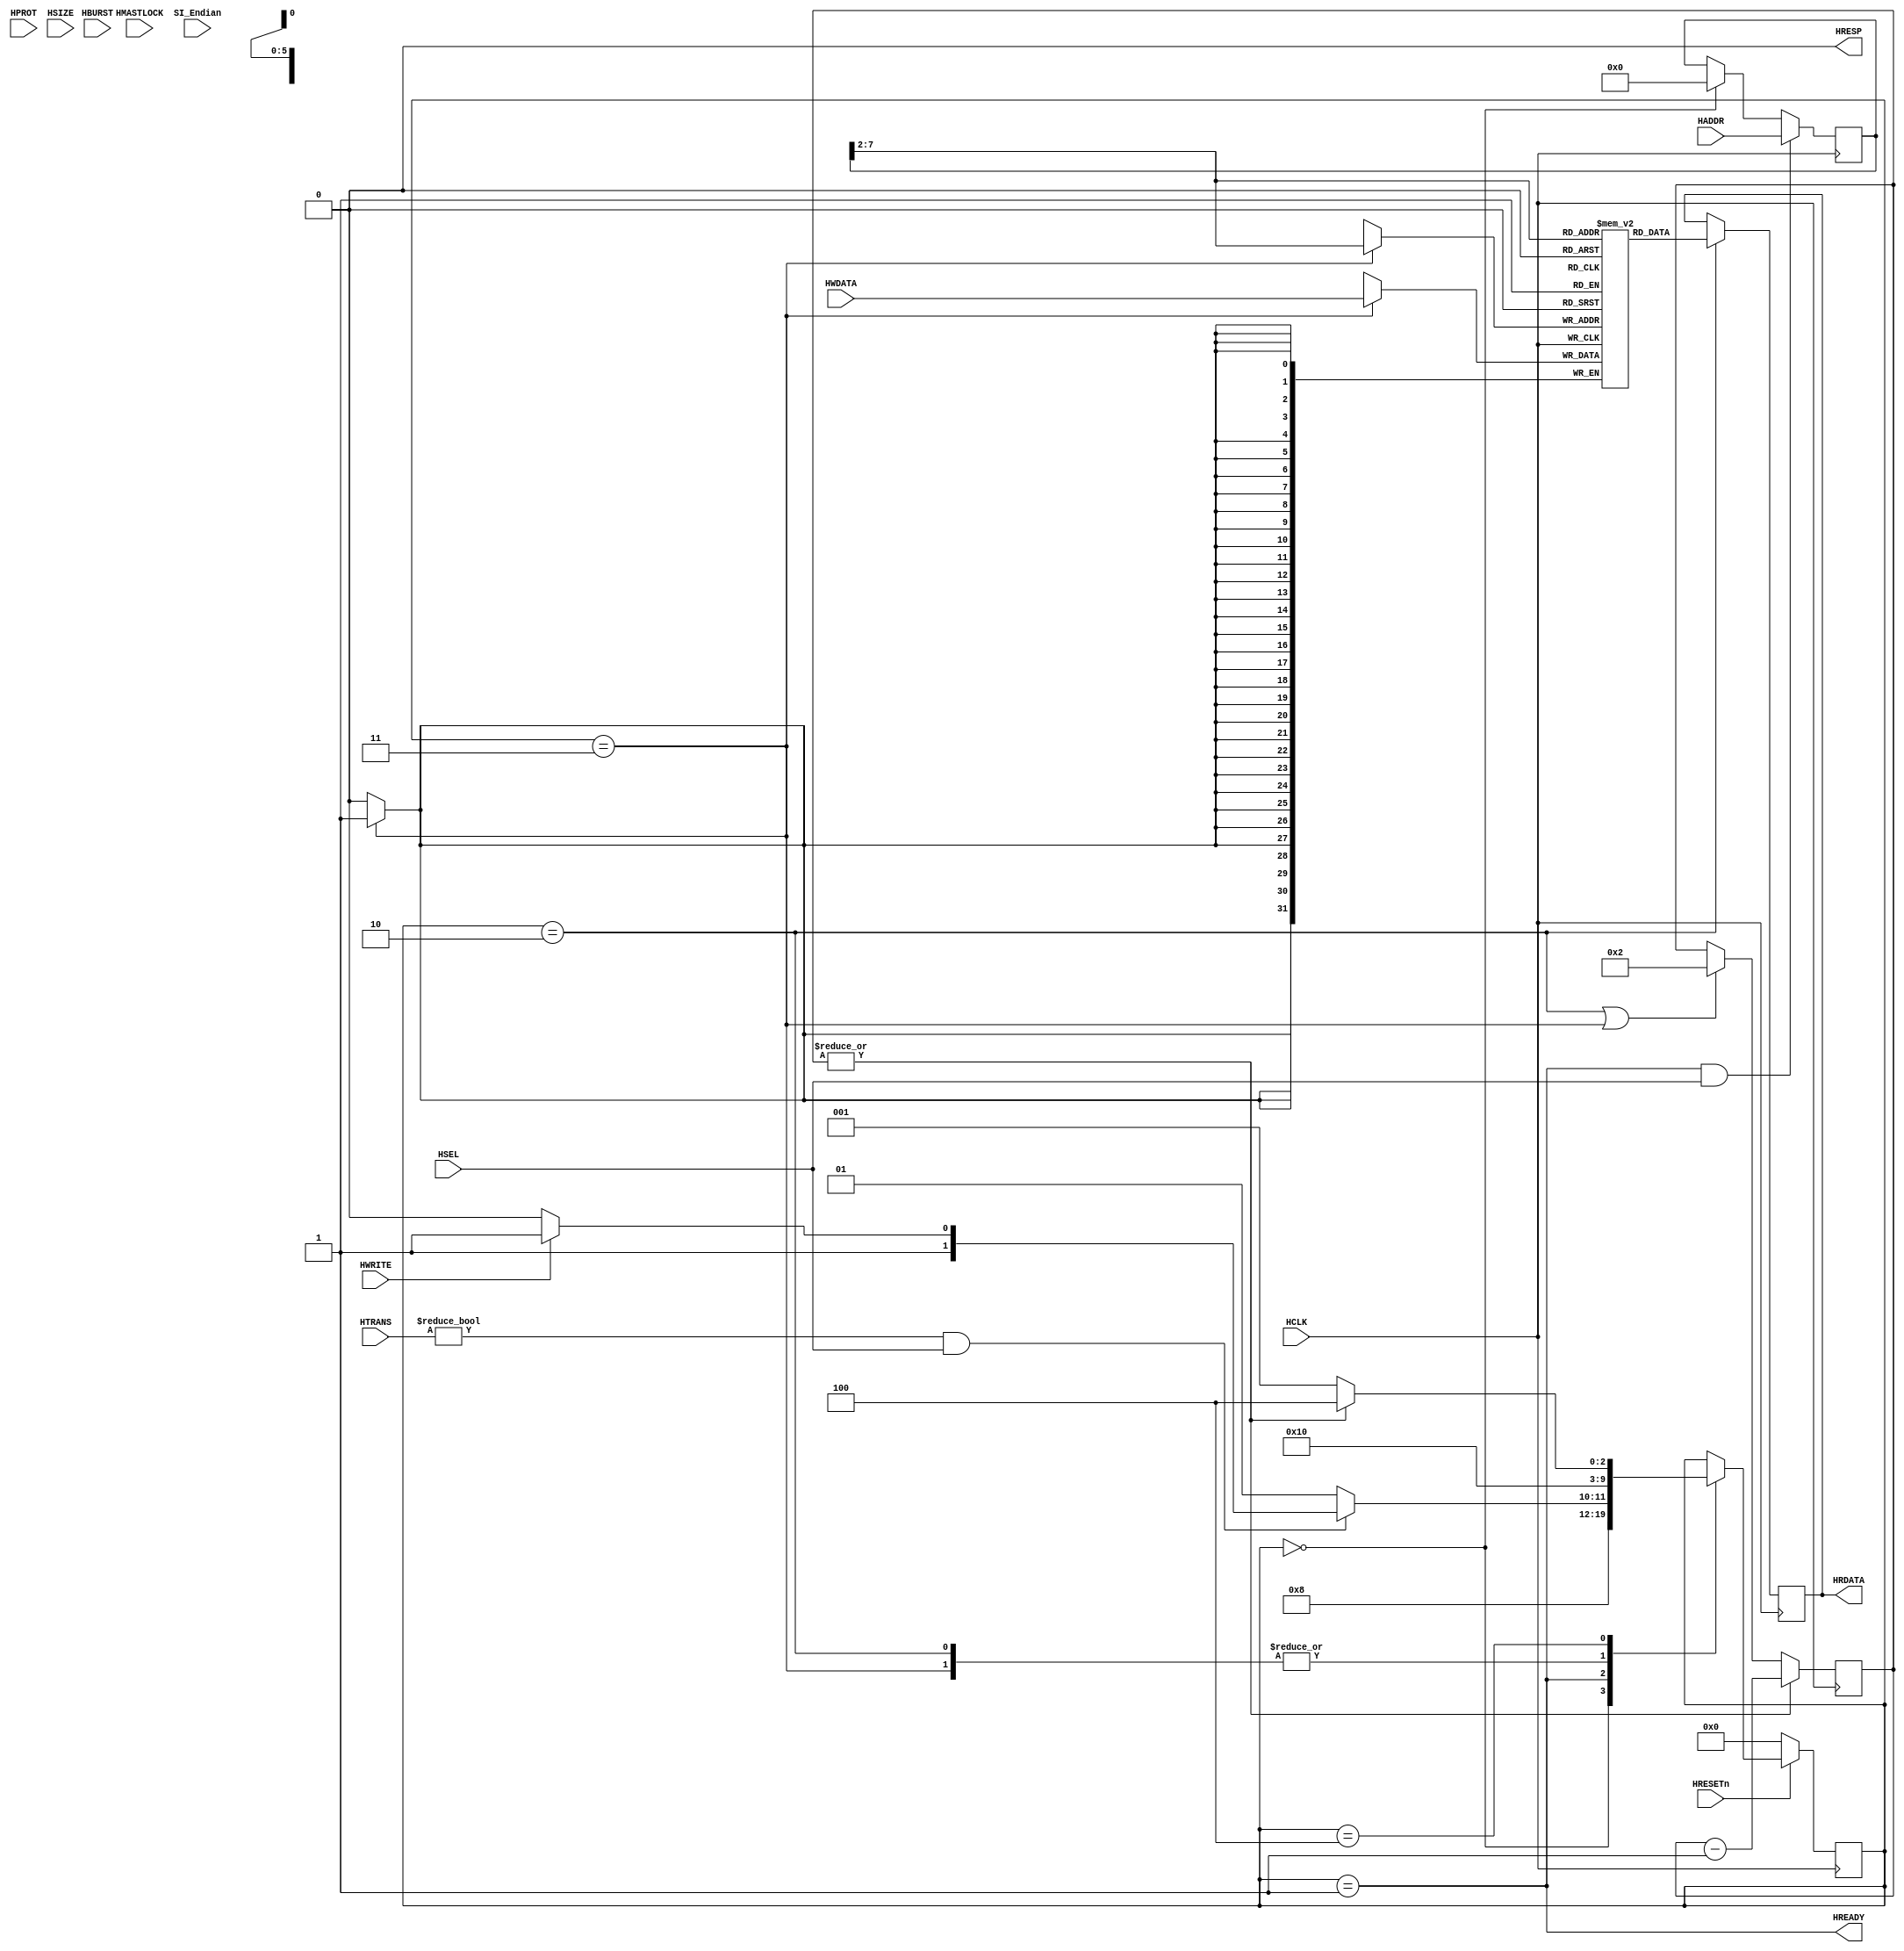
/* Simple SDRAM controller for MIPSfpga+ system AHB-Lite bus
 * Copyright(c) 2017 Stanislav Zhelnio
 */

// simply ram with HREADY support
module mfp_ahb_ram_busy
#(
    parameter ADDR_WIDTH = 6,
    parameter DELAY_VAL  = 2
)
(
    //ABB-Lite side
    input                       HCLK,    
    input                       HRESETn,
    input       [31:0]          HADDR,
    input       [ 2:0]          HBURST,
    input                       HMASTLOCK,  // ignored
    input       [ 3:0]          HPROT,      // ignored
    input                       HSEL,
    input       [ 2:0]          HSIZE,
    input       [ 1:0]          HTRANS,
    input       [31:0]          HWDATA,
    input                       HWRITE,
    output  reg [31:0]          HRDATA,
    output                      HREADY,
    output                      HRESP,
    input                       SI_Endian   // ignored
);
    assign HRESP  = 1'b0;

    parameter   S_INIT          = 0,
                S_IDLE          = 1,
                S_READ          = 2,
                S_WRITE         = 3,
                S_WAIT          = 4;

    parameter   HTRANS_IDLE     = 2'b0;

    reg     [  4 : 0 ]      State, Next;
    reg     [ 31 : 0 ]      HADDR_old;
    reg                     HWRITE_old;
    reg     [  1 : 0 ]      HTRANS_old;
    reg     [  3 : 0 ]      Delay;

    assign  HREADY = (State == S_IDLE);
    wire    NeedAction = HTRANS != HTRANS_IDLE && HSEL;
    wire    DelayFinished = ( ~| Delay );

    always @ (posedge HCLK) begin
        if (~HRESETn)
            State <= S_INIT;
        else
            State <= Next;
    end

    always @ (*) begin
        Next = State;
        case(State)
            S_INIT:         Next = S_IDLE;
            S_IDLE:         Next = ~NeedAction ? S_IDLE : (HWRITE ? S_WRITE : S_READ);
            S_READ:         Next = S_WAIT;
            S_WRITE:        Next = S_WAIT;
            S_WAIT:         Next = DelayFinished ? S_IDLE : S_WAIT;
        endcase
    end

    reg [31:0] ram [ (1 << ADDR_WIDTH) - 1 : 0 ];

    always @ (posedge HCLK) begin
        if(State == S_INIT) begin
            HADDR_old   <= 32'b0;
            HWRITE_old  <= 1'b0;
            HTRANS_old  <= HTRANS_IDLE;
        end

        if(State == S_IDLE && HSEL) begin
            HADDR_old   <= HADDR;
            HWRITE_old  <= HWRITE;
            HTRANS_old  <= HTRANS;
        end

        if(State == S_READ)
            HRDATA <= ram[HADDR_old [ ADDR_WIDTH - 1 + 2 : 2] ];
            
        if(State == S_WRITE)
            ram[HADDR_old [ ADDR_WIDTH - 1 + 2 : 2] ] <= HWDATA;

        if(State == S_READ || State == S_WRITE)
            Delay <= DELAY_VAL;
        if(~DelayFinished)
            Delay <= Delay - 1;
    end

endmodule